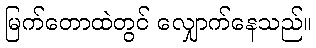
မြက်တောထဲတွင် လျှောက်နေသည်။